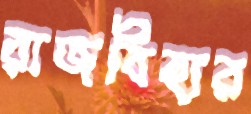
রাজবিহার